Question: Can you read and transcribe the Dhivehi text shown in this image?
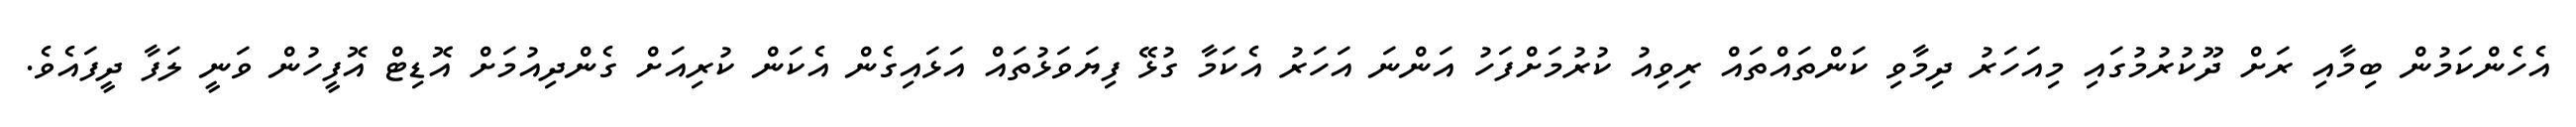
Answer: އެހެންކަމުން ބިމާއި ރަށް ދޫކުރުމުގައި މިއަހަރު ދިމާވި ކަންތައްތައް ރިވިއު ކުރުމަށްފަހު އަންނަ އަހަރު އެކަމާ ގުޅޭ ފިޔަވަޅުތައް އަޅައިގެން އެކަން ކުރިއަށް ގެންދިއުމަށް އޮޑިޓް އޮފީހުން ވަނީ ލަފާ ދީފައެވެ.